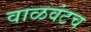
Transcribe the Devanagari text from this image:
वाळवंटच